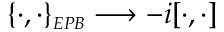
\{ \cdot , \cdot \} _ { \scriptscriptstyle E P B } \longrightarrow - i [ \cdot , \cdot ]